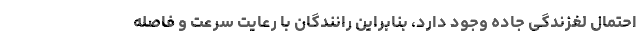
احتمال لغزندگی جاده وجود دارد، بنابراین رانندگان با رعایت سرعت و فاصله